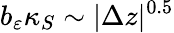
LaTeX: b_{\varepsilon}\kappa_{S}\sim\vert\Delta z\vert^{0.5}